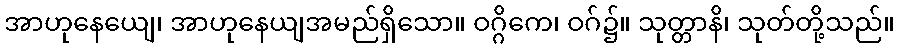
အာဟုနေယျေ၊ အာဟုနေယျအမည်ရှိသော။ ဝဂ္ဂိကေ၊ ဝဂ်၌။ သုတ္တာနိ၊ သုတ်တို့သည်။